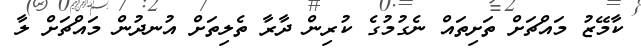
ކާމޭޒު މައްޗަށް ތަށިތައް ނެގުމުގެ ކުރިން ދާރާ ތެލިތަށް އުނދުން މައްޗަށް ލާ